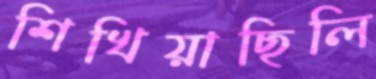
শিখিয়াছিলি